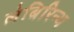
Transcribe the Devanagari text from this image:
लेबिरिन्थ